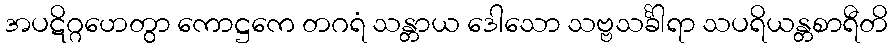
အပဋိဂ္ဂဟေတွာ ကောဋ္ဌကေ တဂရံ သန္တာယ ဒေါသော သဗ္ဗသင်္ခါရာ သပရိယန္တစာရီတိ